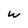
Character: W